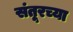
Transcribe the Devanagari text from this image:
संतूरच्या